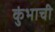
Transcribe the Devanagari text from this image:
कुंभाची